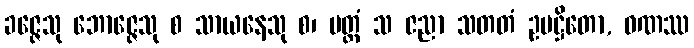
ခဇ္ဇေသု ဘောဇ္ဇေသု စ သာယနေသု စ၊ မတ္တံ သ ဇညာ သတတံ ဥပဋ္ဌိတော, ဝဏဿ